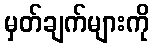
မှတ်ချက်များကို